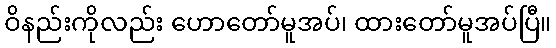
ဝိနည်းကိုလည်း ဟောတော်မူအပ်၊ ထားတော်မူအပ်ပြီ။